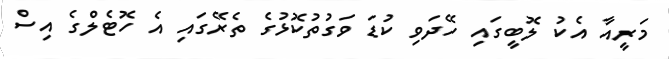
މަރީއާ އެކު ލޮބީގައި ހޭދަވި ކުޑަ ވަގުތުކޮޅުގެ ތެރޭގައި އެ ހޮޓެލްގެ އިސް